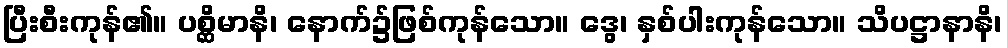
ပြီးစီးကုန်၏။ ပစ္ဆိမာနိ၊ နောက်၌ဖြစ်ကုန်သော။ ဒွေ၊ နှစ်ပါးကုန်သော။ သိပဋ္ဌာနာနိ၊